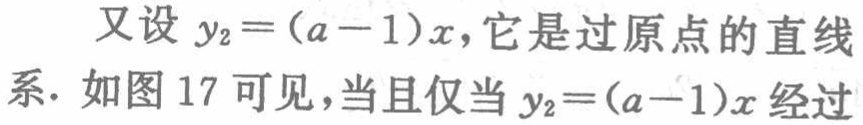
又设 \(y_{2}=(a - 1)x\)，它是过原点的直线系. 如图 17 可见，当且仅当 \(y_{2}=(a - 1)x\) 经过